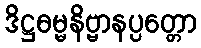
ဒိဋ္ဌဓမ္မနိဗ္ဗာနပ္ပတ္တော